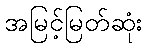
အမြင့်မြတ်ဆုံး